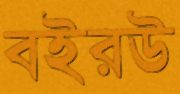
বইরউ